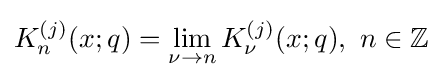
K_{n}^{(j)}(x;q)=\lim _{\nu \to n}K_{\nu }^{(j)}(x;q),\ n\in \mathbb {Z}